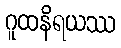
ဂူထနိရယဿ